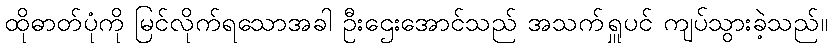
ထိုဓာတ်ပုံကို မြင်လိုက်ရသောအခါ ဦးဌေးအောင်သည် အသက်ရှူပင် ကျပ်သွားခဲ့သည်။